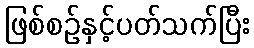
ဖြစ်စဉ်နှင့်ပတ်သက်ပြီး